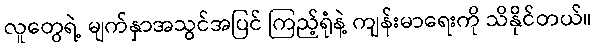
လူတွေရဲ့ မျက်နှာအသွင်အပြင် ကြည့်ရုံနဲ့ ကျန်းမာရေးကို သိနိုင်တယ်။